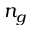
n _ { g }